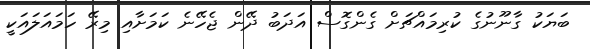
ބަޔަކު ގާނޫނުގެ ކުރިމައްޗަށް ގެންގޮސް އަދަބު ދޭން ޖެހޭނެ ކަމަށާއި މިރޭ ހަމައަލައަކީ